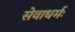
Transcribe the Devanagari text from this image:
सेवाधर्मः